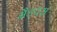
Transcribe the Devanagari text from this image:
मैडक्स